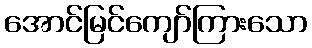
အောင်မြင်ကျော်ကြားသော